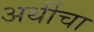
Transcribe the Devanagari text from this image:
अर्थीचा